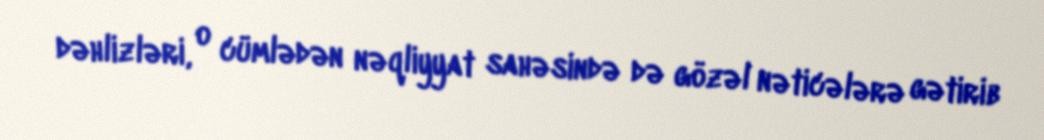
dəhlizləri, o cümlədən nəqliyyat sahəsində də gözəl nəticələrə gətirib